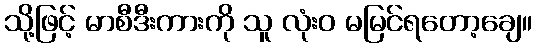
သို့ဖြင့် မာစီဒီးကားကို သူ လုံးဝ မမြင်ရတော့ချေ။